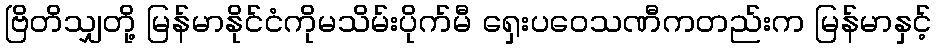
ဗြိတိသျှတို့ မြန်မာနိုင်ငံကိုမသိမ်းပိုက်မီ ရှေးပဝေသဏီကတည်းက မြန်မာနှင့်